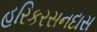
હરિકરસનદાસ